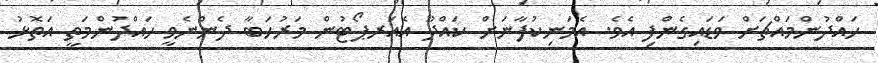
ހައްދުންމައްޗަށް ވަޑައިގެންފި އެވެ. އެމަނިކުފާނަށް ކައްދޫ އެއަރޕޯޓުން މަރުހަބާ ދެންނެވީ ހައްދުންމަތީ އަތޮޅު